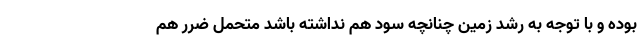
بوده و با توجه به رشد زمین چنانچه سود هم نداشته باشد متحمل ضرر هم